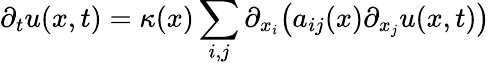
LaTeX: \partial_{t}u(x,t)=\kappa(x)\sum_{i,j}\partial_{x_{i}}{\bigl(}a_{ij}(x)\partial_{x_{j}}u(x,t){\bigr)}